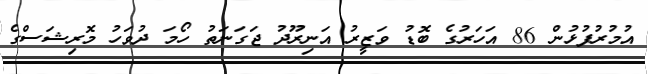
އުމުރުފުޅުން 86 އަހަރުގެ ބޮޑު ވަޒީރު އަނިރޫދު ޖަގަނަތު ހޯމަ ދުވަހު މޮރިޝަސްގެ